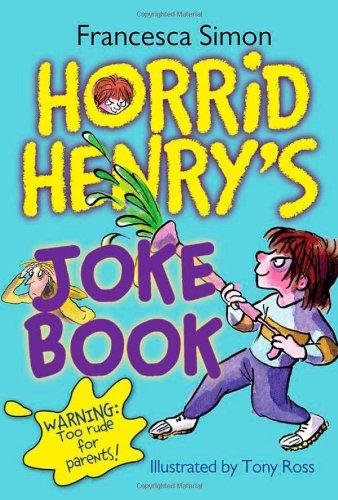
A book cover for Horrid Henry's Joke Book; Francesca Simon; Children's Books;